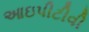
આઇપીટીવી